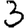
Digit: 3